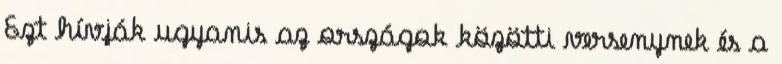
Ezt hívják ugyanis az országok közötti versenynek és a